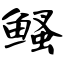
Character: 鳋